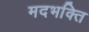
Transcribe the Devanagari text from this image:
मदभक्ति